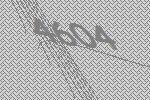
4604